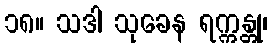
၁၈။ သဒါ သုခေန ရက္ကန္တု၊